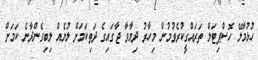
ހުޅުމާލޭ ހޮސްޕިޓަލް ތަރައްގީކުރެވުމުން މިހާރު ދިމާވާ ޖާގައިގެ ދަތިކަމަށް ލުޔެއް ލިބިގެންދާނެ ކަމަށް